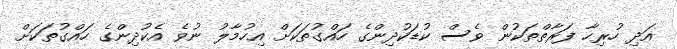
އަދި ހުރިހާ ފަރާތްތަކުން ވެސް ކުޑަކުދިންގެ ހައްގުތަކަށް އިހުމާލު ނުވެ އެކުދިންގެ ހައްގުތަކަށް